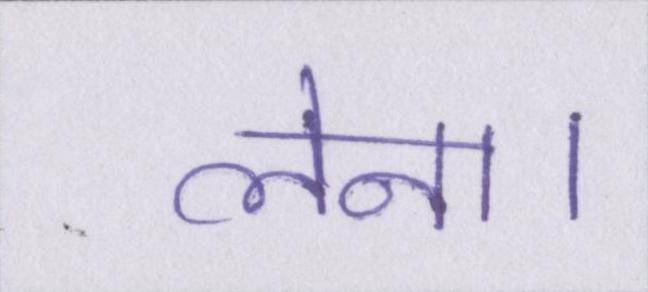
लेना।